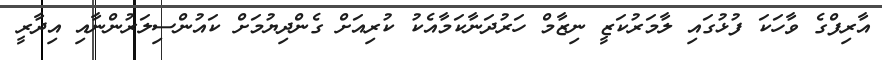
އާރިފްގެ ވާހަކަ ފުޅުގައި ލާމަރުކަޒީ ނިޒާމް ހަރުދަނާކަމާއެކު ކުރިއަށް ގެންދިޔުމަށް ކައުންސިލަރުންނާއި އިދާރީ